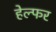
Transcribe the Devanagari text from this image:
हेल्फर